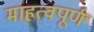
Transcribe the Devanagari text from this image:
माहत्वपूर्ण